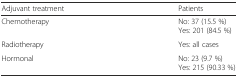
<table><thead><tr><td><b>Adjuvant treatment</b></td><td><b>Patients</b></td></tr></thead><tbody><tr><td>Chemotherapy</td><td>No: 37 (15.5 %)Yes: 201 (84.5 %)</td></tr><tr><td>Radiotherapy</td><td>Yes: all cases</td></tr><tr><td>Hormonal</td><td>No: 23 (9.7 %)Yes: 215 (90.33 %)</td></tr></tbody></table>